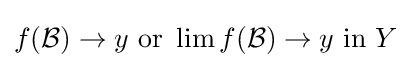
f({\mathcal {B}})\to y{\text{ or }}\lim f({\mathcal {B}})\to y{\text{ in }}Y